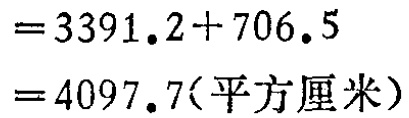
\[

\begin{align*}

&=3391.2 + 706.5\\

&=4097.7(\text{平方厘米})

\end{align*}

\]